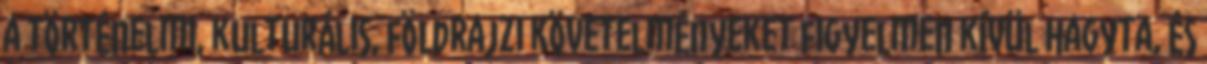
a történelmi, kulturális, földrajzi követelményeket figyelmen kívül hagyta, és